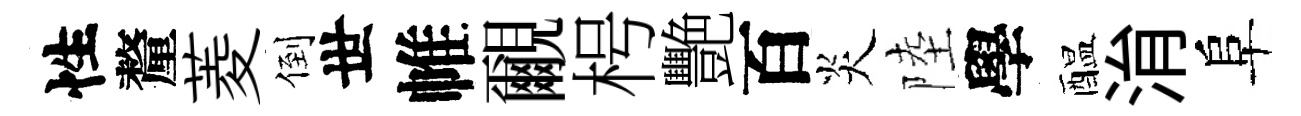
性釐菱倒世帷覼枵艷百炎陸學醖㳙阜